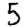
Digit: 5